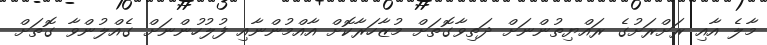
މާލެ އާއި ރަށްރަށުގެ ރައްޔިތުންނަށް ދަތިވާގޮތަށް މުޒާހަރާކޮށް އާއްމުންނާއި ފުލުހުންނަށް ގެއްލުންވާ ގޮތަށް